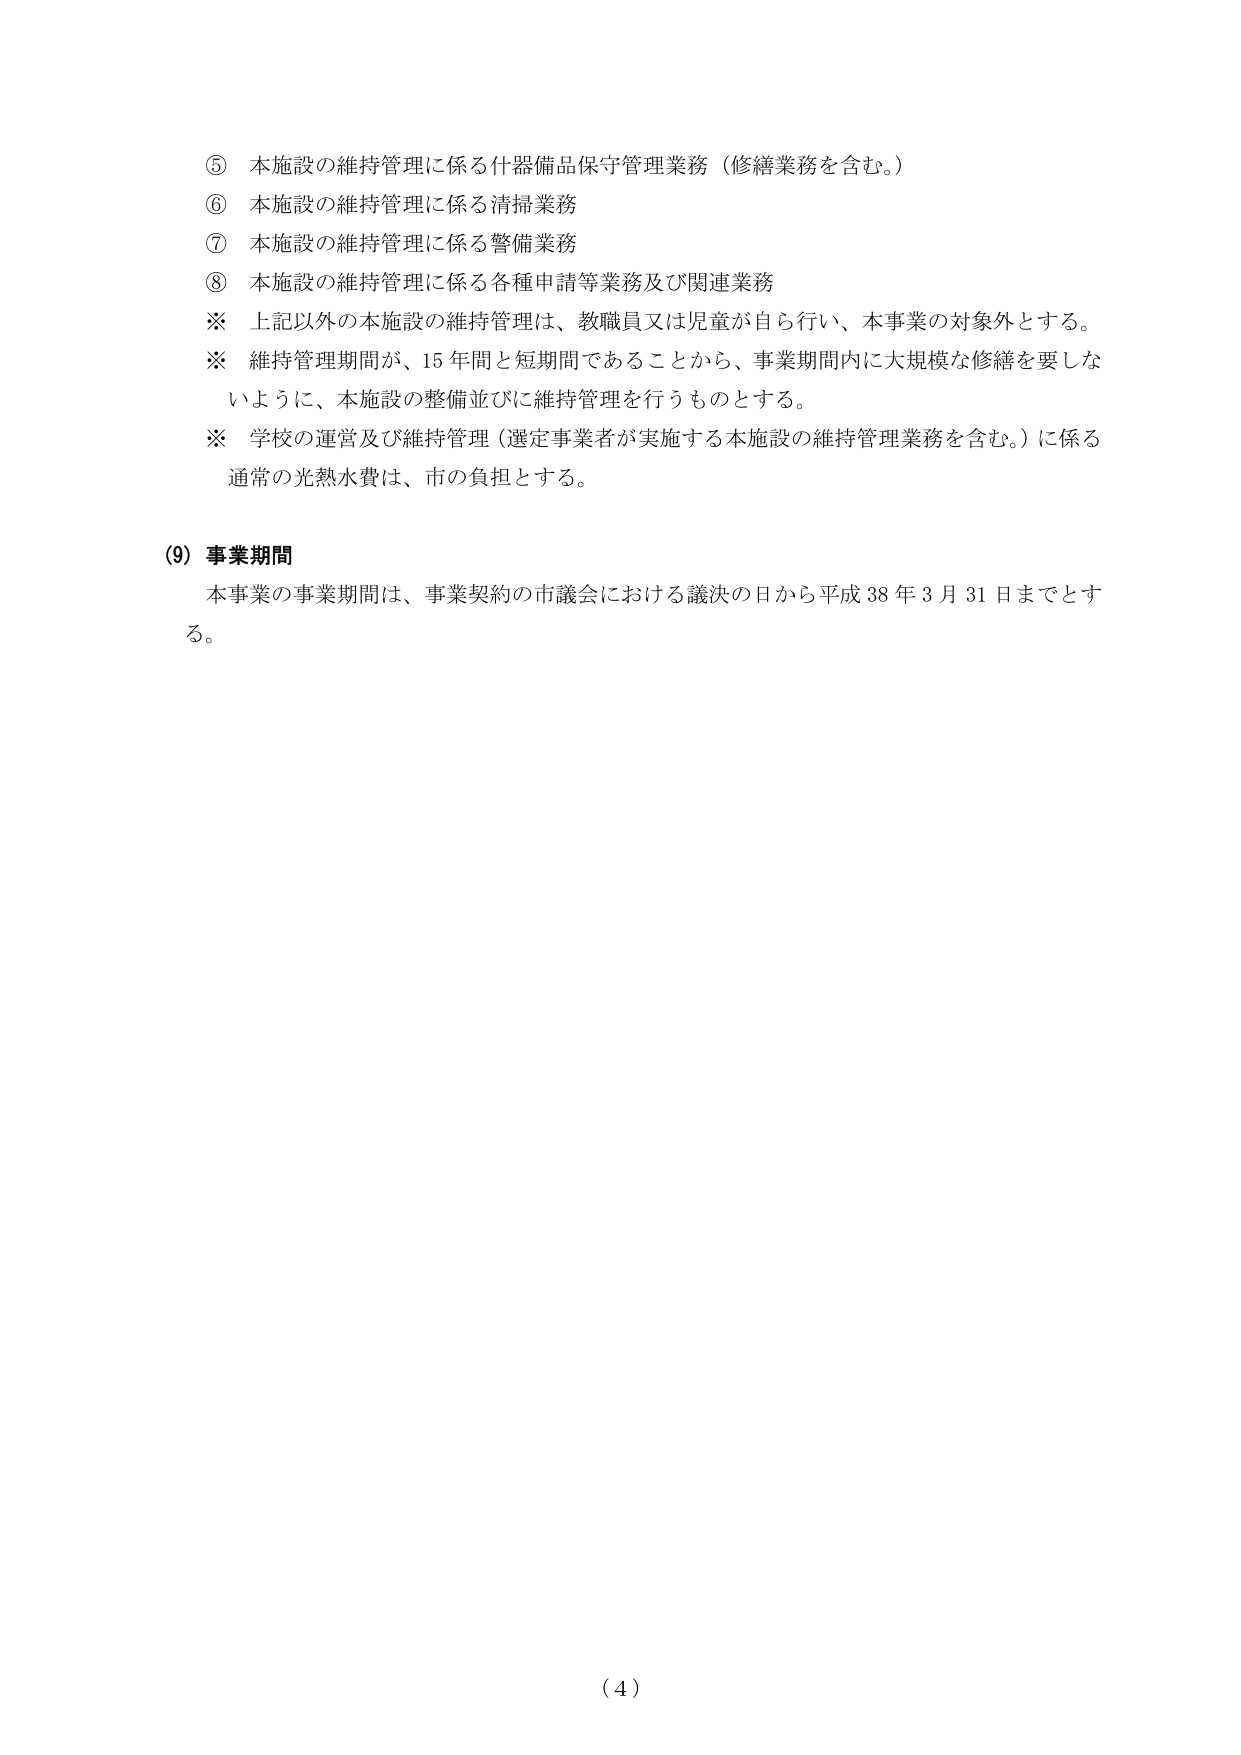
⑤ 本施設の維持管理に係る什器備品保守管理業務（修繕業務を含む。）
⑥ 本施設の維持管理に係る清掃業務
⑦ 本施設の維持管理に係る警備業務
⑧ 本施設の維持管理に係る各種申請等業務及び関連業務
※ 上記以外の本施設の維持管理は、教職員又は児童が自ら行い、本事業の対象外とする。
※ 維持管理期間が、15年間と短期間であることから、事業期間内に大規模な修繕を要しないように、本施設の整備並びに維持管理を行うものとする。
※ 学校の運営及び維持管理（選定事業者が実施する本施設の維持管理業務を含む。）に係る通常の光熱水費は、市の負担とする。

(9) 事業期間
本事業の事業期間は、事業契約の市議会における議決の日から平成38年3月31日までとする。

(4)